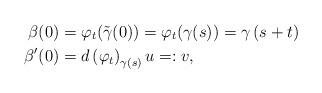
LaTeX: \begin{align*}\beta(0) & =\varphi_{t}(\tilde{\gamma}(0))=\varphi_{t}(\gamma(s))=\gamma\left(s+t\right) \\\beta^{\prime}(0) & =d\left( \varphi_{t}\right) _{\gamma(s)}u=:v,\end{align*}